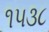
૧૫૩૮